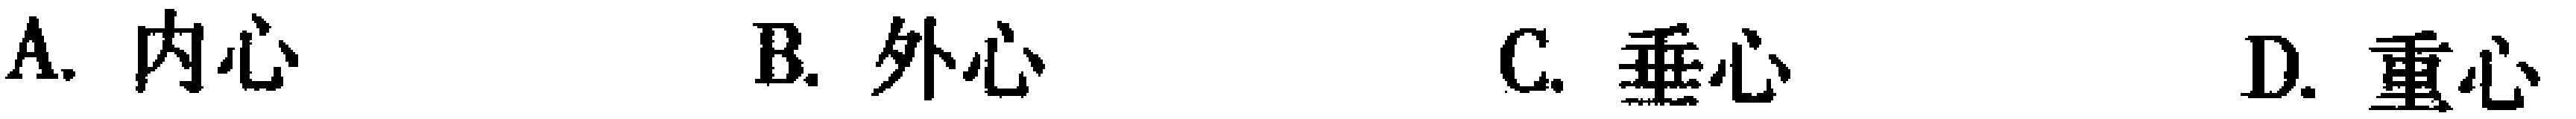
A. 内心  B. 外心  C. 垂心  D. 重心